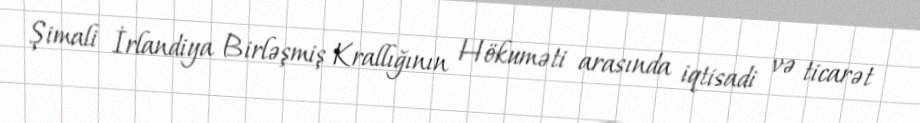
Şimali İrlandiya Birləşmiş Krallığının Hökuməti arasında iqtisadi və ticarət